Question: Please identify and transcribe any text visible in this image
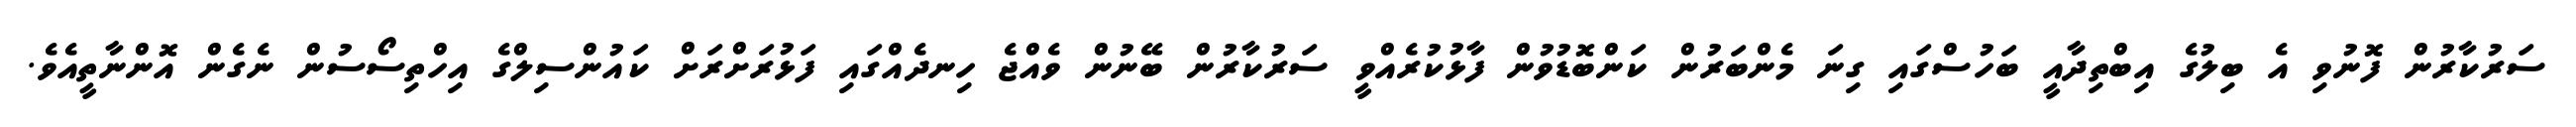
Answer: ސަރުކާރުން ފޮނުވި އެ ބިލުގެ އިބްތިދާއީ ބަހުސްގައި ގިނަ މެންބަރުން ކަންބޮޑުވުން ފާޅުކުރެއްވީ ސަރުކާރުން ބޭނުން ވެއްޖެ ހިނދެއްގައި ފަޅުރަށްރަށް ކައުންސިލްގެ އިހްތިސޯސުން ނެގެން އޮންނާތީއެވެ.